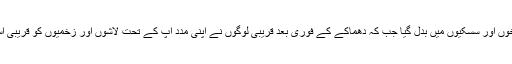
خوشیاں مناتے ہوئے اپنے گھر جانے والا شادی کا قافلہ پل بھر میں چیخوں اور سسکیوں میں بدل گیا جب کہ دھماکے کے فوری بعد قریبی لوگوں نے اپنی مدد آپ کے تحت لاشوں اور زخمیوں کو قریبی اسپتال منتقل کیا جہاں بیشتر زخمیوں کی حالت تشویشناک بتائی جاتی ہے۔